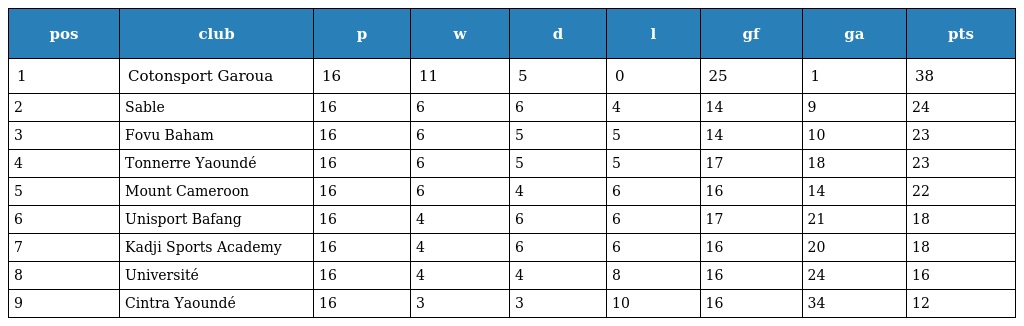
| pos | club | p | w | d | l | gf | ga | pts |
 | --- | --- | --- | --- | --- | --- | --- | --- | --- |
 | 1 | Cotonsport Garoua | 16 | 11 | 5 | 0 | 25 | 1 | 38 |
 | 2 | Sable | 16 | 6 | 6 | 4 | 14 | 9 | 24 |
 | 3 | Fovu Baham | 16 | 6 | 5 | 5 | 14 | 10 | 23 |
 | 4 | Tonnerre Yaoundé | 16 | 6 | 5 | 5 | 17 | 18 | 23 |
 | 5 | Mount Cameroon | 16 | 6 | 4 | 6 | 16 | 14 | 22 |
 | 6 | Unisport Bafang | 16 | 4 | 6 | 6 | 17 | 21 | 18 |
 | 7 | Kadji Sports Academy | 16 | 4 | 6 | 6 | 16 | 20 | 18 |
 | 8 | Université | 16 | 4 | 4 | 8 | 16 | 24 | 16 |
 | 9 | Cintra Yaoundé | 16 | 3 | 3 | 10 | 16 | 34 | 12 |